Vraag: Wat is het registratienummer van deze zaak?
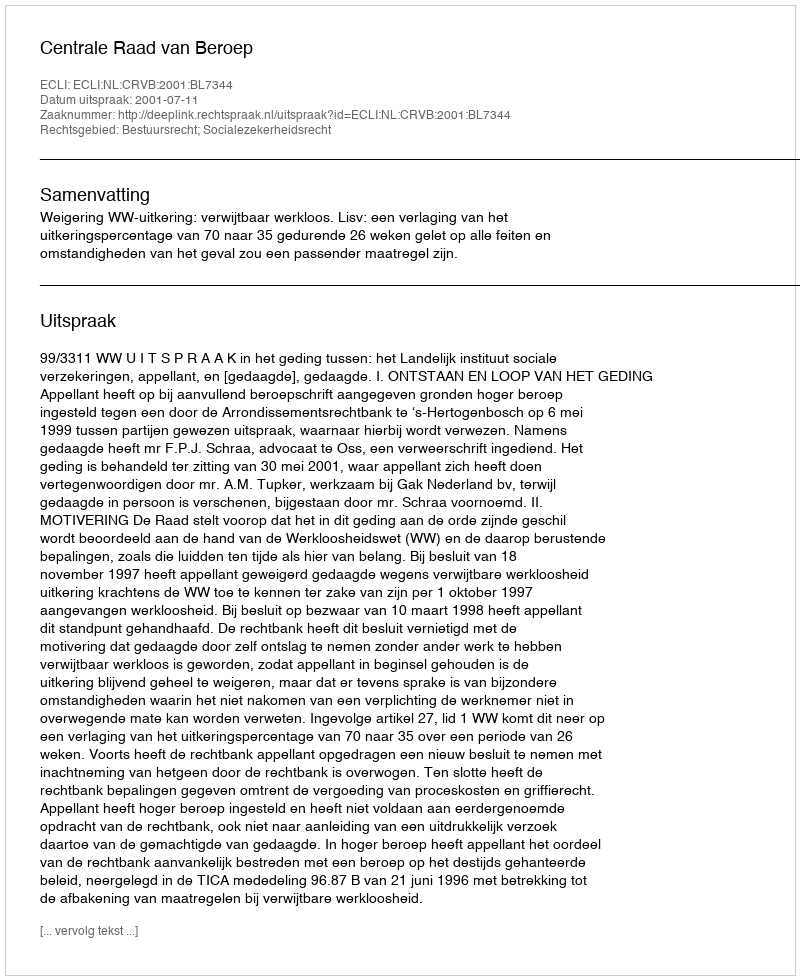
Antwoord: http://deeplink.rechtspraak.nl/uitspraak?id=ECLI:NL:CRVB:2001:BL7344